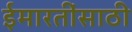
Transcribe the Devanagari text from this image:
ईमारतींसाठी